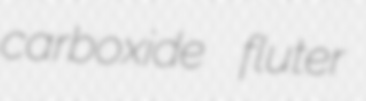
carboxide fluter